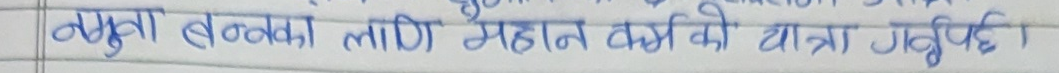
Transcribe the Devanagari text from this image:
अमुक व्यक्ति लागि महान बन्नको यात्रा गर्नुहोस्।